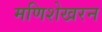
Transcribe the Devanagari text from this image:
मणिशेखरन